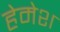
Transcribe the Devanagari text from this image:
हेमेश